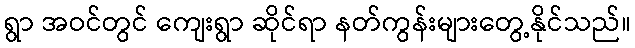
ရွာ အဝင်တွင် ကျေးရွာ ဆိုင်ရာ နတ်ကွန်းများတွေ့နိုင်သည်။